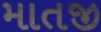
માતજી